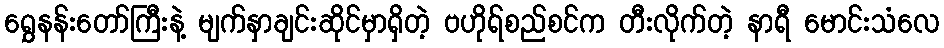
ရွှေနန်းတော်ကြီးနဲ့ မျက်နှာချင်းဆိုင်မှာရှိတဲ့ ဗဟိုရ်စည်စင်က တီးလိုက်တဲ့ နာရီ မောင်းသံလေ